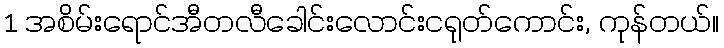
1 အစိမ်းရောင်အီတလီခေါင်းလောင်းငရုတ်ကောင်း, ကုန်တယ်။